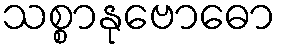
သစ္စာနုဗောဓော